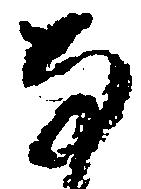
な